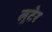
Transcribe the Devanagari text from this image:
लुटेर